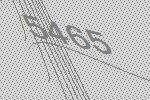
5465